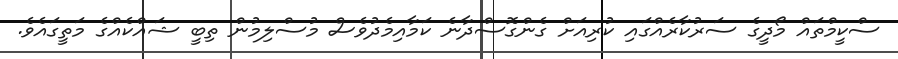
ސްކީމްތައް މޯދީގެ ސަރުކާރެއްގައި ކުރިއަށް ގެންގޮސްދާނެ ކަމާއިމެދުވެސް މުސްލިމުން ތިބީ ޝައްކެއްގެ މަތީގައެވެ.